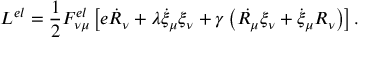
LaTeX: { \cal L } ^ { e l } = \frac 1 2 F _ { \nu \mu } ^ { e l } \left[ e \dot { R } _ { \nu } + \lambda \dot { \xi } _ { \mu } \xi _ { \nu } + \gamma \left( \dot { R _ { \mu } } \xi _ { \nu } + \dot { \xi } _ { \mu } R _ { \nu } \right) \right] .